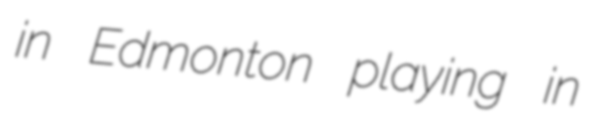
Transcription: in Edmonton playing in